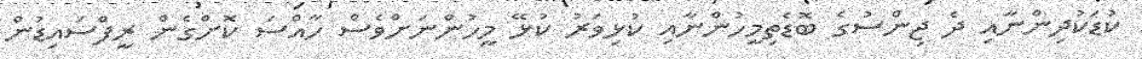
ކުޑަކުދިންނާއި ދެ ޖިންސުގެ ބޮޑެތިމީހުންނާއި ކުޅިވަރު ކުޅޭ މީހުންނަށްވެސް ހާއްސަ ކޮށްގެން ރީފްސައިޑުން